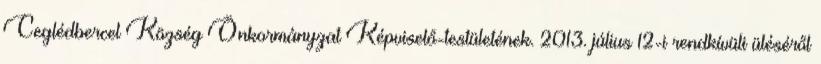
Ceglédbercel Község Önkormányzat Képviselő-testületének. 2013. július 12-i rendkívüli üléséről